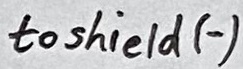
Text: to shield (-)